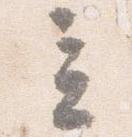
立